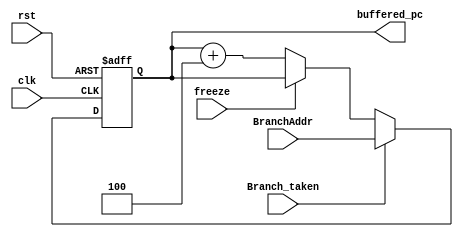
module PC_Handler(input clk,rst,freeze,Branch_taken,
                  input [31:0] BranchAddr,
                  output [31:0] buffered_pc);
  
  reg [31:0] pc;
  
  always@(posedge clk,posedge rst)begin
    if(rst) begin
      pc<=32'b0;
    end
    else if(Branch_taken)
      pc<=BranchAddr;
    else begin
      if(freeze)
        pc<=pc;
      else
        pc<=pc+32'd4;
    end
  end
  
  assign buffered_pc=pc;
endmodule